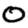
Digit: 0